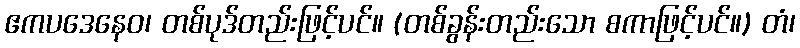
ဧကပဒေနေဝ၊ တစ်ပုဒ်တည်းဖြင့်ပင်။ (တစ်ခွန်းတည်းသော စကာဖြင့်ပင်။) တံ၊